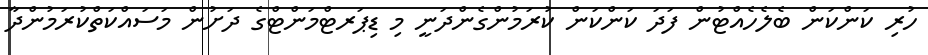
ހުރި ކަންކަން ބެލެހެއްޓުން ފަދަ ކަންކަން ކުރަމުންގެންދަނީ މި ޑިޕަރޓްމަންޓްގެ ދަށުން މަސައްކަތްކުރަމުންދާ